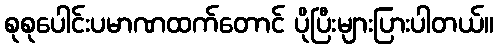
စုစုပေါင်းပမာဏထက်တောင် ပိုပြီးများပြားပါတယ်။